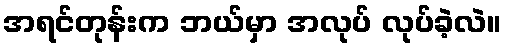
အရင်တုန်းက ဘယ်မှာ အလုပ် လုပ်ခဲ့လဲ။